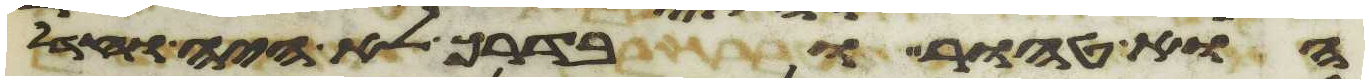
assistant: הוא טהור ובדרך לא היה וחדל